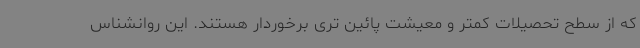
که از سطح تحصیلات کمتر و معیشت پائین تری برخوردار هستند. این روانشناس